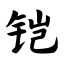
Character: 铠